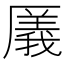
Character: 㕒